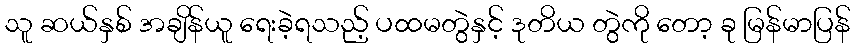
သူ ဆယ်နှစ် အချိန်ယူ ရေးခဲ့ရသည့် ပထမတွဲနှင့် ဒုတိယ တွဲကို တော့ ခု မြန်မာပြန်